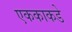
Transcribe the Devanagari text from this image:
एककाकडे